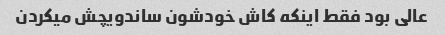
عالی بود فقط اینکه کاش خودشون ساندویچش میکردن